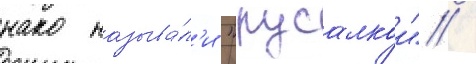
нако называ́л'и "русалкои" /